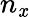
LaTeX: n_{\mathit{x}}